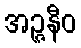
အဉ္ဇနီဝ